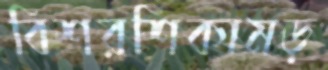
বিশরশিকামড়